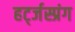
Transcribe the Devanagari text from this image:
हर्ट्जस्प्रंग